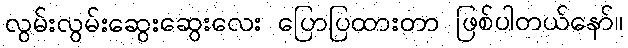
လွမ်းလွမ်းဆွေးဆွေးလေး ပြောပြထားတာ ဖြစ်ပါတယ်နော်။